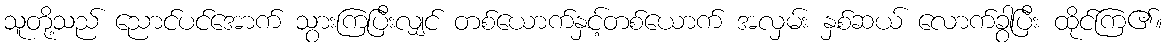
သူတို့သည် ညောင်ပင်အောက် သွားကြပြီးလျှင် တစ်ယောက်နှင့်တစ်ယောက် အလှမ်း နှစ်ဆယ် လောက်ခွာပြီး ထိုင်ကြ၏။